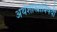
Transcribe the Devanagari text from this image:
अर्थशास्त्राविषयी